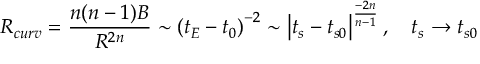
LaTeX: R _ { c u r v } = \frac { n ( n - 1 ) B } { R ^ { 2 n } } \sim \left( t _ { E } - t _ { 0 } \right) ^ { - 2 } \sim \left| t _ { s } - t _ { s 0 } \right| ^ { \frac { - 2 n } { n - 1 } } , \quad t _ { s } \rightarrow t _ { s 0 }